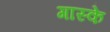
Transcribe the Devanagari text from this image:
गास्के